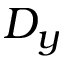
D _ { y }